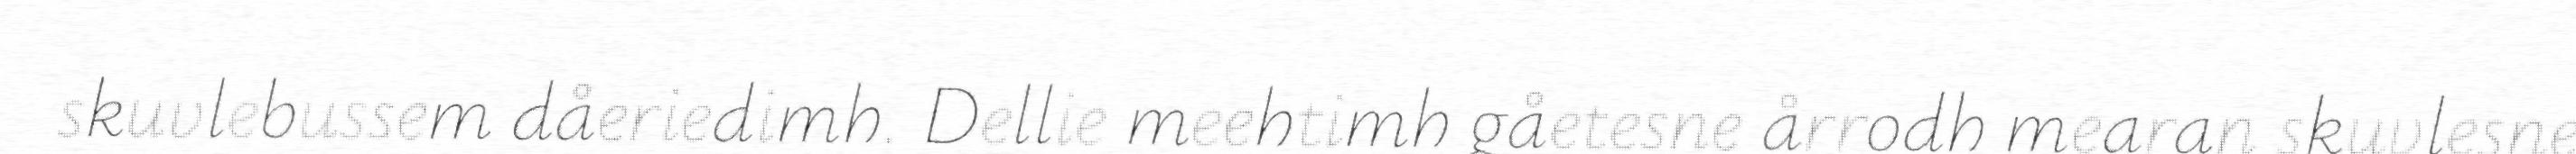
skuvlebussem dåeriedimh. Dellie meehtimh gåetesne årrodh mearan skuvlesne